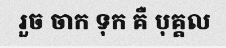
រួច ចាក ទុក គឺ បុគ្គល